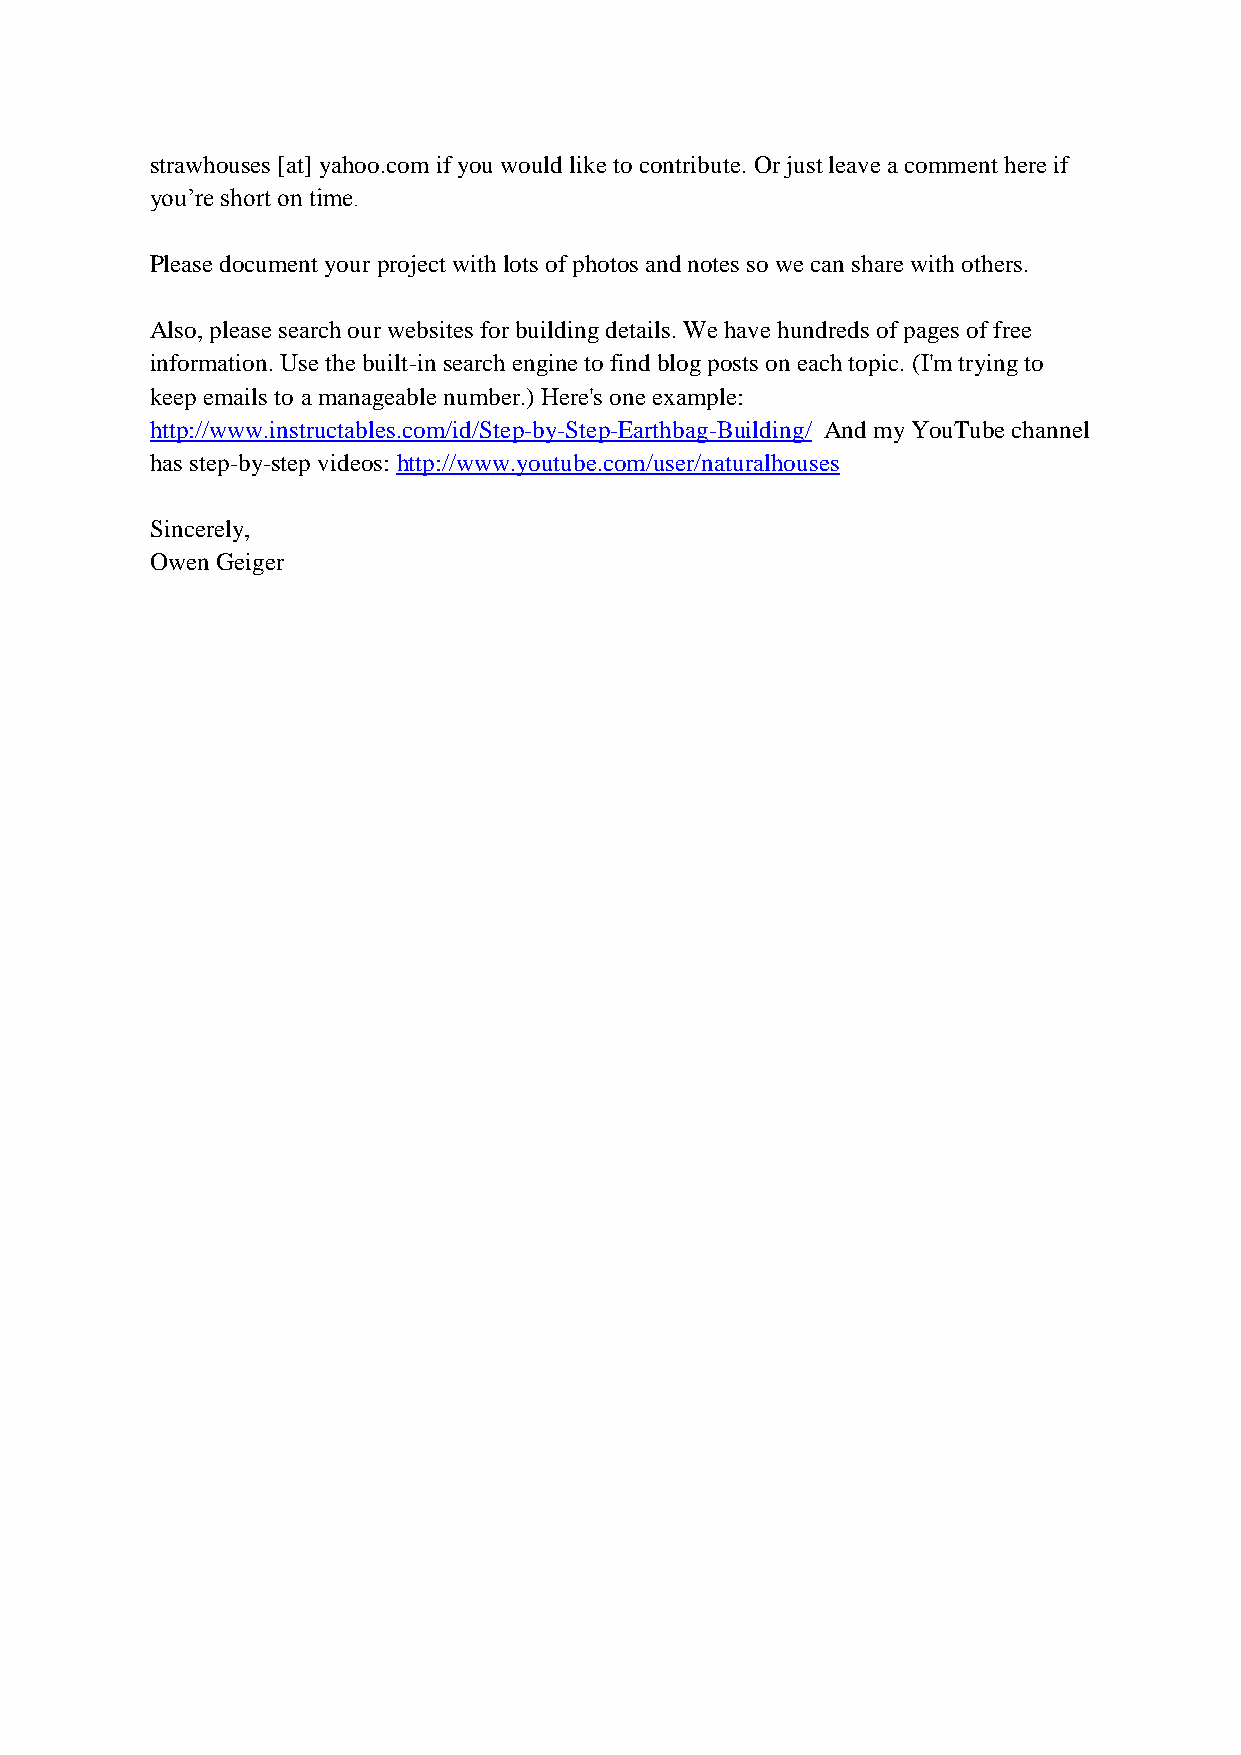
strawhouses [at] yahoo.com if you would like to contribute. Or just leave a comment here if
 you’re short on time.
 Please document your project with lots of photos and notes so we can share with others.
 Also, please search our websites for building details. We have hundreds of pages of free
 information. Use the built-in search engine to find blog posts on each topic. (I'm trying to
 keep emails to a manageable number.) Here's one example:
 http://www.instructables.com/id/Step-by-Step-Earthbag-Building/ And my YouTube channel
 has step-by-step videos: http://www.youtube.com/user/naturalhouses
 Sincerely,
 Owen Geiger